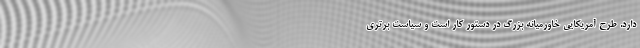
دارد. طرح آمریکایی خاورمیانه بزرگ در دستور کار است و سیاست برتری